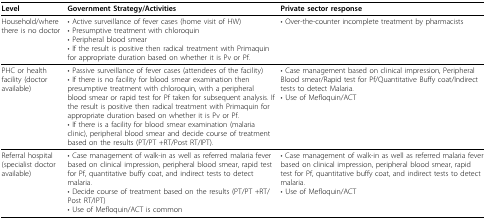
| Level | Government Strategy/Activities | Private sector response |
 | --- | --- | --- |
 | Household/where there is no doctor | • Active surveillance of fever cases (home visit of HW)• Presumptive treatment with chloroquin• Peripheral blood smear• If the result is positive then radical treatment with Primaquin for appropriate duration based on whether it is Pv or Pf. | • Over-the-counter incomplete treatment by pharmacists |
 | PHC or health facility (doctor available) | • Passive surveillance of fever cases (attendees of the facility)• If there is no facility for blood smear examination then presumptive treatment with chloroquin, with a peripheral blood smear or rapid test for Pf taken for subsequent analysis. If the result is positive then radical treatment with Primaquin for appropriate duration based on whether it is Pv or Pf.• If there is a facility for blood smear examination (malaria clinic), peripheral blood smear and decide course of treatment based on the results (PT/PT +RT/Post RT/IPT). | • Case management based on clinical impression, Peripheral Blood smear/Rapid test for Pf/Quantitative Buffy coat/Indirect tests to detect Malaria.• Use of Mefloquin/ACT |
 | Referral hospital (specialist doctor available) | • Case management of walk-in as well as referred malaria fever based on clinical impression, peripheral blood smear, rapid test for Pf, quantitative buffy coat, and indirect tests to detect malaria.• Decide course of treatment based on the results (PT/PT +RT/Post RT/IPT)• Use of Mefloquin/ACT is common | • Case management of walk-in as well as referred malaria fever based on clinical impression, peripheral blood smear, rapid test for Pf, quantitative buffy coat, and indirect tests to detect malaria.• Use of Mefloquin/ACT |